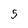
Character: 5